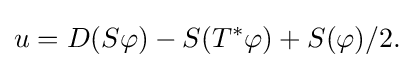
\displaystyle {u=D(S\varphi )-S(T^{*}\varphi )+S(\varphi )/2.}